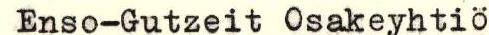
Enso-Gutzeit Osakeyhtiö